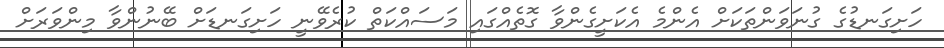
ހަށިގަނޑުގެ ގުނަވަންތަކަށް އެންމެ އެކަށީގެންވާ ގޮތެއްގައި މަސައްކަތް ކުރެވޭނީ ހަށިގަނޑަށް ބޭނުންވާ މިންވަރަށް